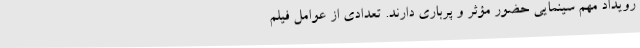
رویداد مهم سینمایی حضور مؤثر و پرباری دارند. تعدادی از عوامل فیلم